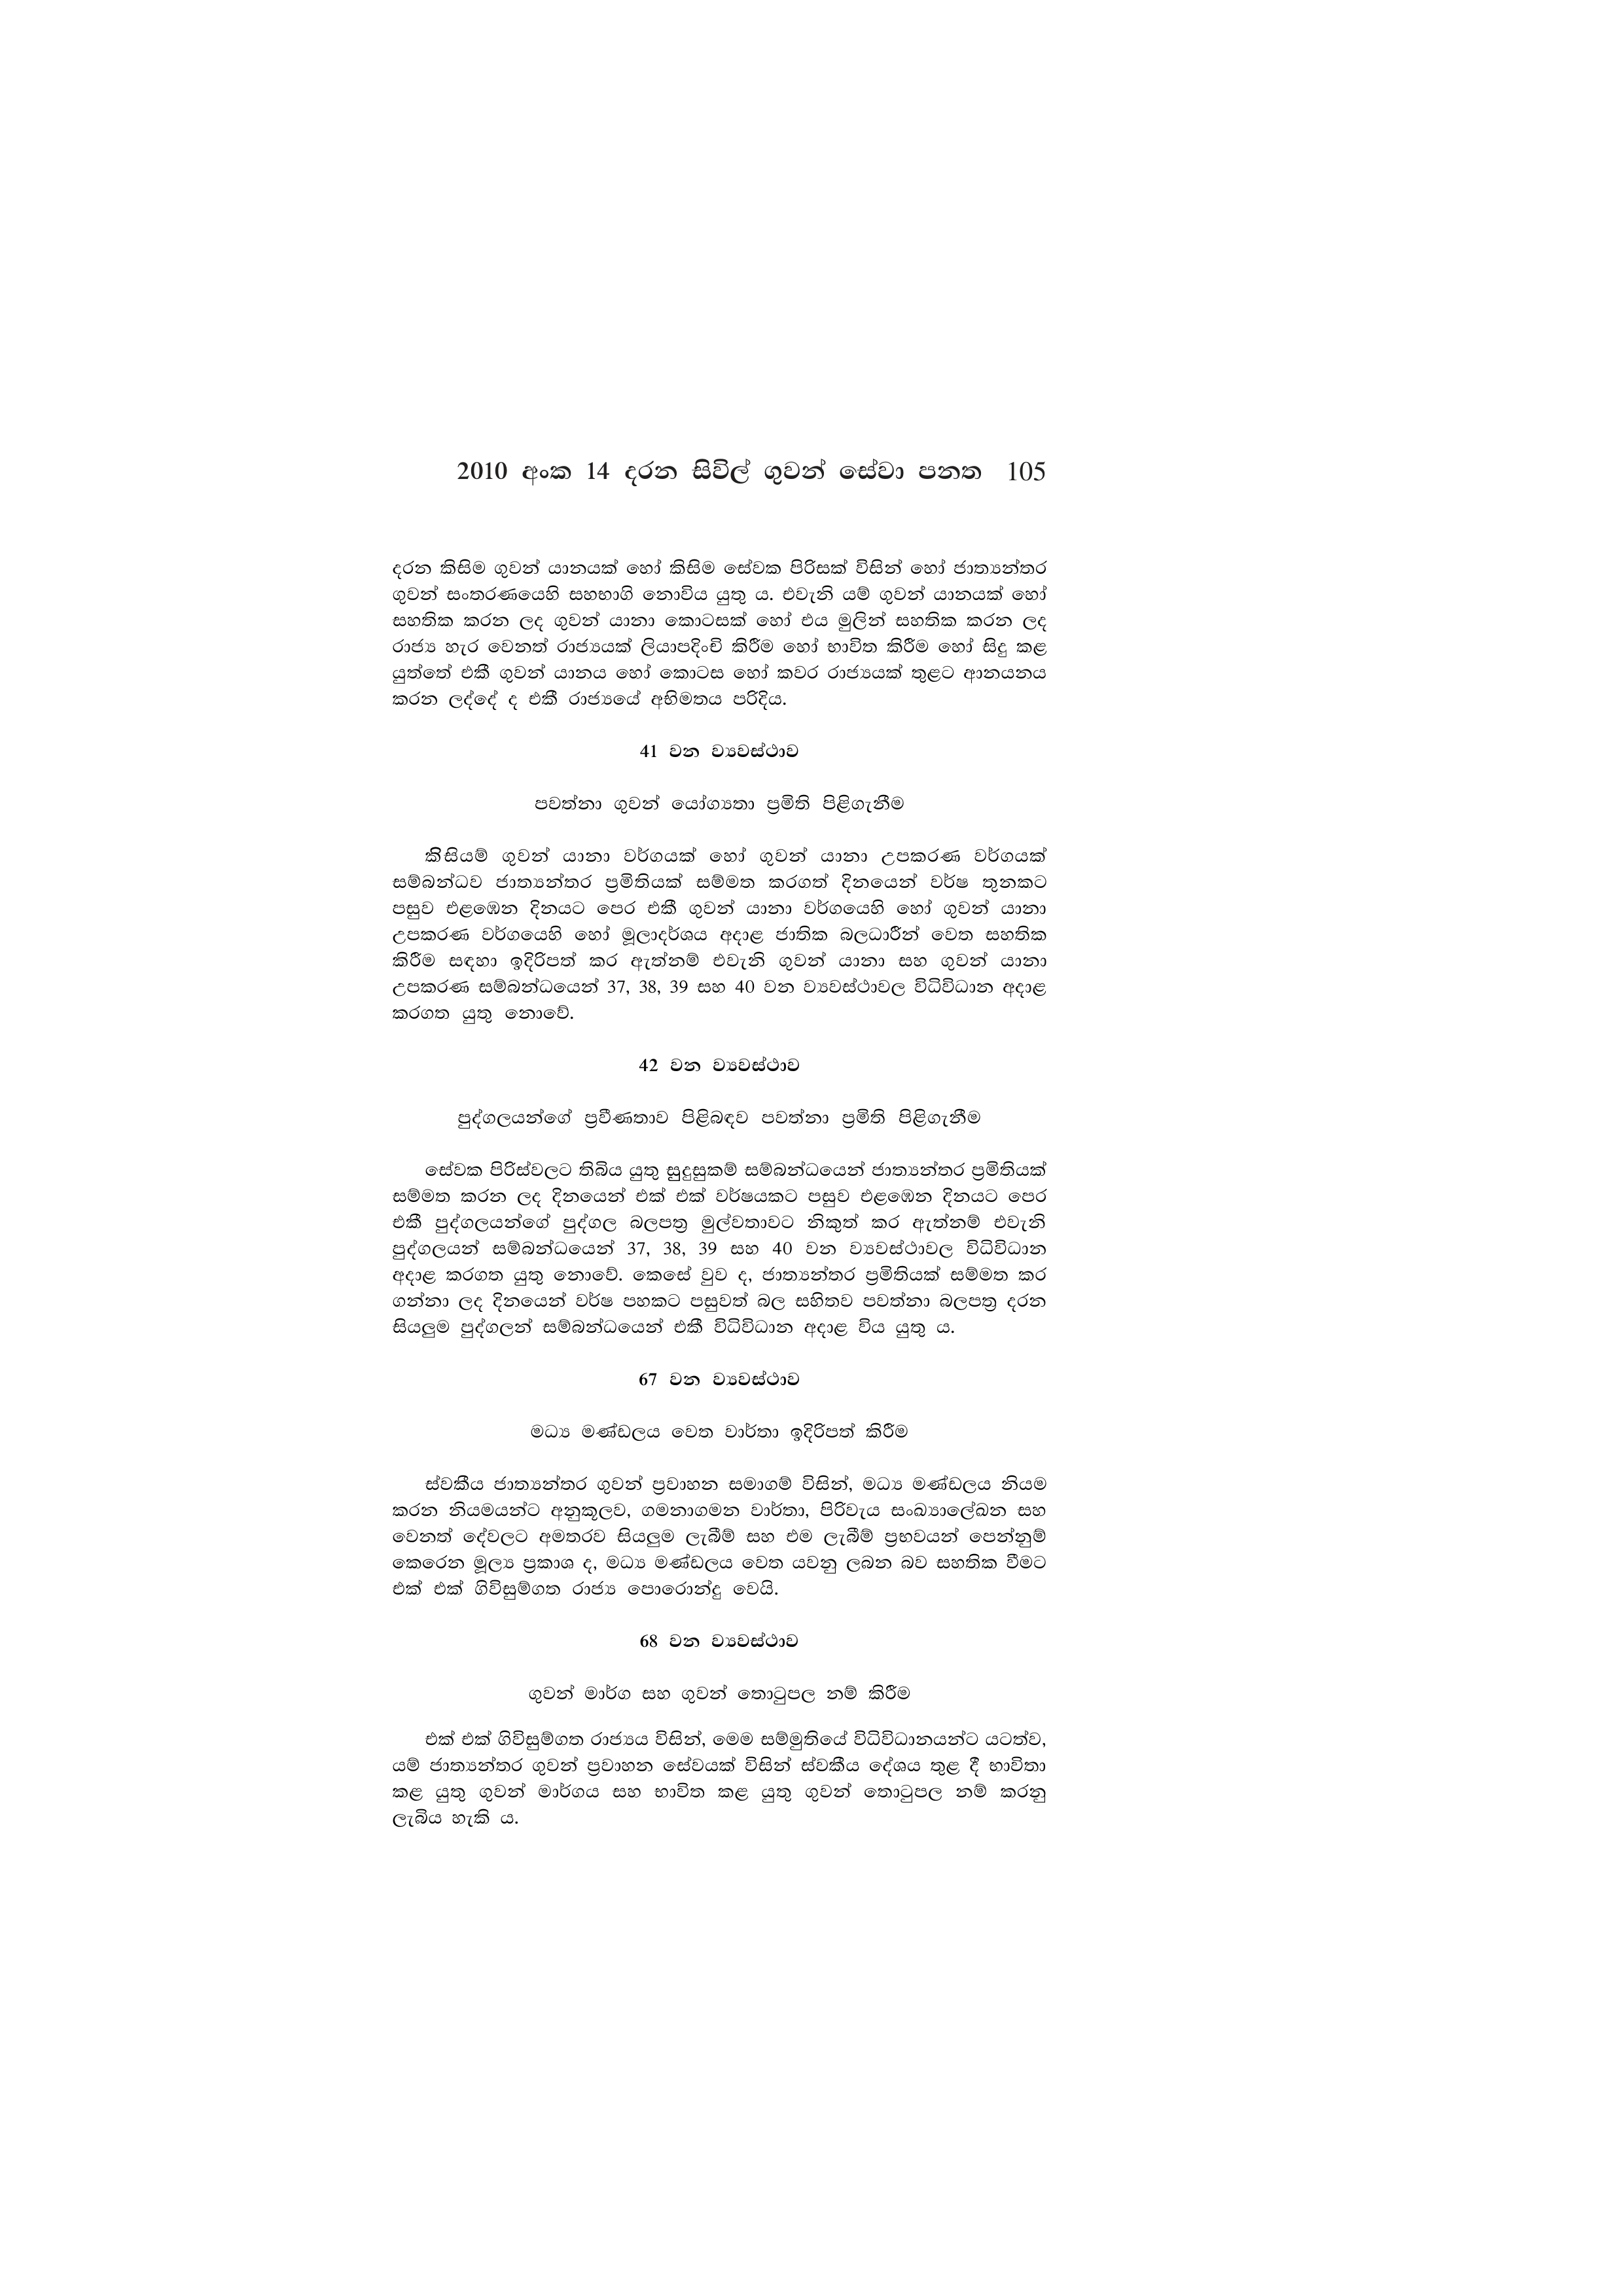
2010 අංක 14 දරන සිවිල් ගුවන් සේවා පනත 105

දරන කිසිම ගුවන් යානයක් හෝ කිසිම සේවක පිරිසක් විසින් හෝ ජාත්‍යන්තර
ගුවන් සංතරණයෙහි සහභාගි නොවිය යුතු ය. එවැනි යම් ගුවන් යානයක් හෝ
සහතික කරන ලද ගුවන් යානා කොටසක් හෝ එය මුලින් සහතික කරන ලද
රාජ්‍ය හැර වෙනත් රාජ්‍යයක් ලියාපදිංචි කිරීම හෝ භාවිත කිරීම හෝ සිදු කළ
යුත්තේ එකී ගුවන් යානය හෝ කොටස හෝ කවර රාජ්‍යයක් තුළට ආනයනය
කරන ලද්දේ ද එකී රාජ්‍යයේ අභිමතය පරිදිය.

41 වන ව්‍යවස්ථාව

පවත්නා ගුවන් යෝග්‍යතා ප්‍රමිති පිළිගැනීම

කිසියම් ගුවන් යානා වර්ගයක් හෝ ගුවන් යානා උපකරණ වර්ගයක්
සම්බන්ධව ජාත්‍යන්තර ප්‍රමිතියක් සම්මත කරගත් දිනයෙන් වර්ෂ තුනකට
පසුව එළඹෙන දිනයට පෙර එකී ගුවන් යානා වර්ගයෙහි හෝ ගුවන් යානා
උපකරණ වර්ගයෙහි හෝ මූලාදර්ශය අදාළ ජාතික බලධාරීන් වෙත සහතික
කිරීම සඳහා ඉදිරිපත් කර ඇත්නම් එවැනි ගුවන් යානා සහ ගුවන් යානා
උපකරණ සම්බන්ධයෙන් 37, 38, 39 සහ 40 වන ව්‍යවස්ථාවල විධිවිධාන අදාළ
කරගත යුතු නොවේ.

42 වන ව්‍යවස්ථාව

පුද්ගලයන්ගේ ප්‍රවීණතාව පිළිබඳව පවත්නා ප්‍රමිති පිළිගැනීම

සේවක පිරිස්වලට තිබිය යුතු සුදුසුකම් සම්බන්ධයෙන් ජාත්‍යන්තර ප්‍රමිතියක්
සම්මත කරන ලද දිනයෙන් එක් එක් වර්ෂයකට පසුව එළඹෙන දිනයට පෙර
එකී පුද්ගලයන්ගේ පුද්ගල බලපත්‍ර මුල්වතාවට නිකුත් කර ඇත්නම් එවැනි
පුද්ගලයන් සම්බන්ධයෙන් 37, 38, 39 සහ 40 වන ව්‍යවස්ථාවල විධිවිධාන
අදාළ කරගත යුතු නොවේ. කෙසේ වුව ද, ජාත්‍යන්තර ප්‍රමිතියක් සම්මත කර
ගන්නා ලද දිනයෙන් වර්ෂ පහකට පසුවත් බල සහිතව පවත්නා බලපත්‍ර දරන
සියලුම පුද්ගලන් සම්බන්ධයෙන් එකී විධිවිධාන අදාළ විය යුතු ය.

67 වන ව්‍යවස්ථාව

මධ්‍ය මණ්ඩලය වෙත වාර්තා ඉදිරිපත් කිරීම

ස්වකීය ජාත්‍යන්තර ගුවන් ප්‍රවාහන සමාගම් විසින්, මධ්‍ය මණ්ඩලය නියම
කරන නියමයන්ට අනුකූලව, ගමනාගමන වාර්තා, පිරිවැය සංඛ්‍යාලේඛන සහ
වෙනත් දේවලට අමතරව සියලුම ලැබීම් සහ එම ලැබීම් ප්‍රභවයන් පෙන්නුම්
කෙරෙන මූල්‍ය ප්‍රකාශ ද, මධ්‍ය මණ්ඩලය වෙත යවනු ලබන බව සහතික වීමට
එක් එක් ගිවිසුම්ගත රාජ්‍ය පොරොන්දු වෙයි.

68 වන ව්‍යවස්ථාව

ගුවන් මාර්ග සහ ගුවන් තොටුපල නම් කිරීම

එක් එක් ගිවිසුම්ගත රාජ්‍යය විසින්, මෙම සම්මුතියේ විධිවිධානයන්ට යටත්ව,
යම් ජාත්‍යන්තර ගුවන් ප්‍රවාහන සේවයක් විසින් ස්වකීය දේශය තුළ දී භාවිතා
කළ යුතු ගුවන් මාර්ගය සහ භාවිත කළ යුතු ගුවන් තොටුපල නම් කරනු
ලැබිය හැකි ය.